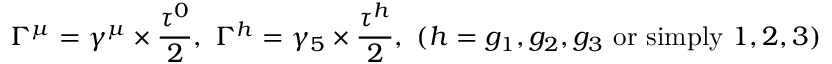
\Gamma ^ { \mu } = \gamma ^ { \mu } \times \frac { \tau ^ { 0 } } { 2 } , \ \Gamma ^ { h } = \gamma _ { 5 } \times \frac { \tau ^ { h } } { 2 } , \ ( h = g _ { 1 } , g _ { 2 } , g _ { 3 } \mathrm { \ o r \ s i m p l y \ } 1 , 2 , 3 )